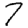
Digit: 7